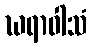
ဃရာဝါသံ